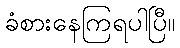
ခံစားနေကြရပါပြီ။